Problem: 34 + 30 = ?
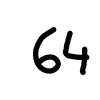
Handwritten answer: 64